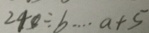
2 4 0 \div b \cdots a + 5